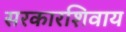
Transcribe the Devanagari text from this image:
सरकारशिवाय